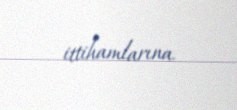
ittihamlarına.